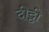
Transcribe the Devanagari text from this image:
दीट्ठी